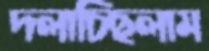
দলাচ্ছিলাম